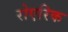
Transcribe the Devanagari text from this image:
रोएरिक